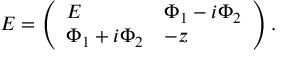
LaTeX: { \cal E } = \left( \begin{array} { l l } { { E } } & { { \Phi _ { 1 } - i \Phi _ { 2 } } } \\ { { \Phi _ { 1 } + i \Phi _ { 2 } } } & { { - z } } \end{array} \right) .